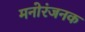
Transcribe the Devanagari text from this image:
मनोरंजनक